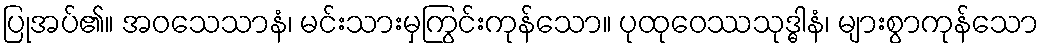
ပြုအပ်၏။ အဝသေသာနံ၊ မင်းသားမှကြွင်းကုန်သော။ ပုထုဝေဿသုဒ္ဓါနံ၊ များစွာကုန်သော